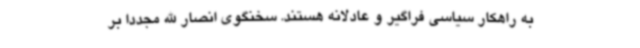
به راهکار سیاسی فراگیر و عادلانه هستند. سخنگوی انصار الله مجددا بر